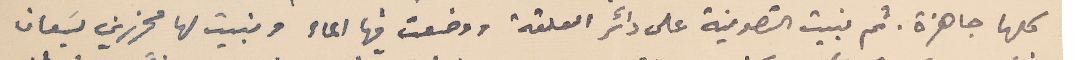
كلها جاهزة. ثم بنيت التصوينة على دائر العلقة ووضعت فيها الماء وبنيت لها محرزين يسَعان